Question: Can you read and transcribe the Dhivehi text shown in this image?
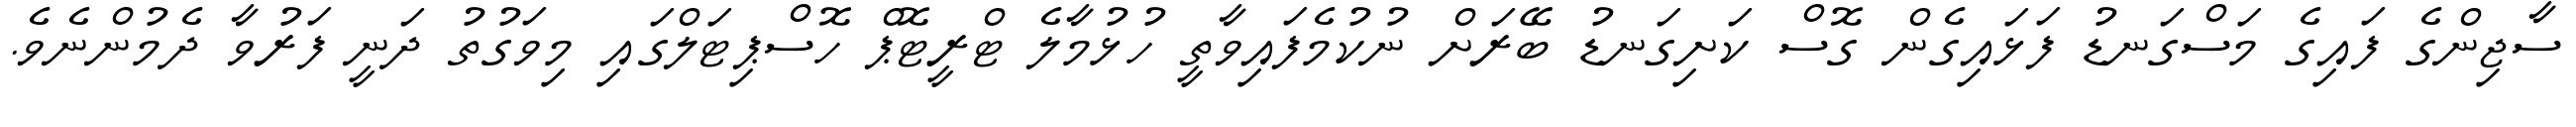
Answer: ސާޖިންގެ ފައިގެ މަސްގަނޑު ފަޅައިގެން ގޮސް ކަށިގަނޑު ބޭރަށް ނުކުމެފައިވާތީ ހުޅުމާލެ ޓްރީޓޮޕް ހޮސްޕިޓަލްގައި މިވަގުތު ދަނީ ފަރުވާ ދެމުންނެވެ.